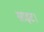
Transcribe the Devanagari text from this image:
साइट।